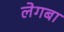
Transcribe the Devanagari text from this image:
लेगबा